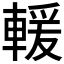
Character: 𫏺